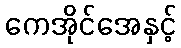
ကေအိုင်အေနှင့်